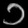
Digit: ၁